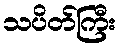
သပိတ်ကြီး